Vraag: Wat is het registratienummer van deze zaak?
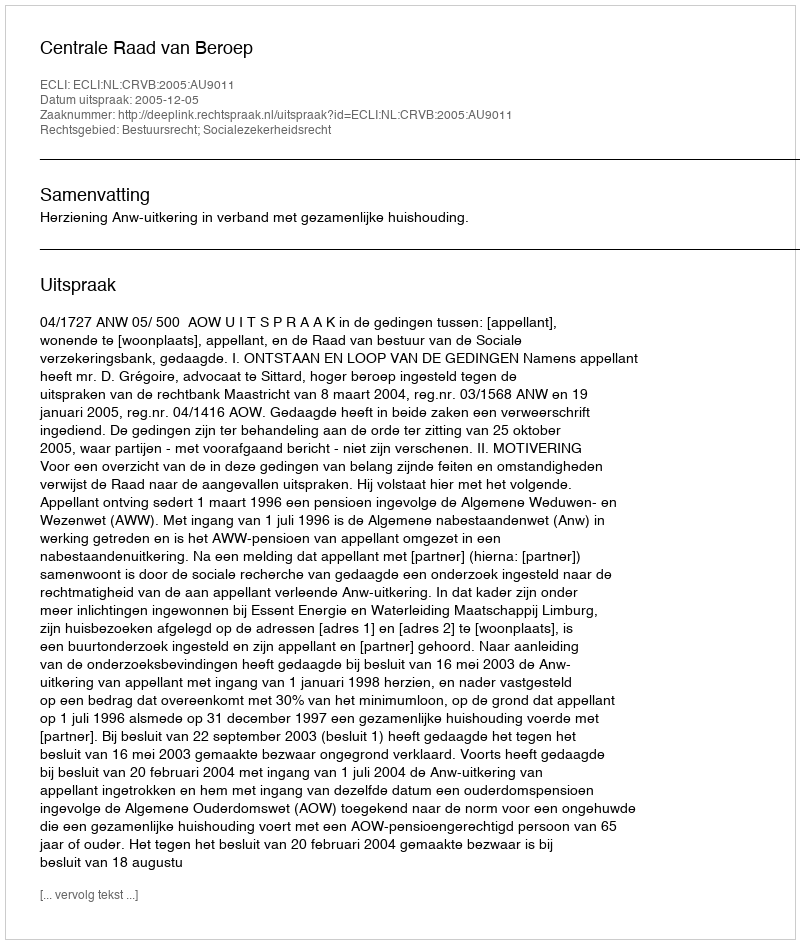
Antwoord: http://deeplink.rechtspraak.nl/uitspraak?id=ECLI:NL:CRVB:2005:AU9011